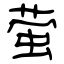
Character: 萤